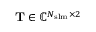
\mathbf { T } \in \mathbb { C } ^ { N _ { \mathrm { { s l m } } } \times 2 }